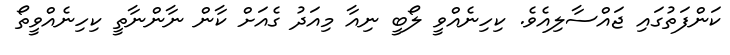
ކަންފަތުގައި ޖައްސާލިއެވެ. ކިހިނެއްވީ ލޯބީ ނިއާ މިއަދު ގެއަށް ކާން ނާންނާތީ ކިހިނެއްވީތޯ